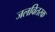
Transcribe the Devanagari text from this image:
जलवितरक